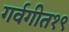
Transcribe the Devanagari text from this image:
गर्वगीत१९